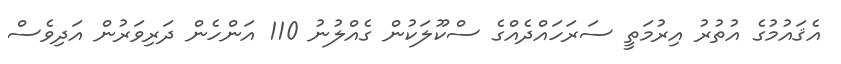
އެޤައުމުގެ އުތުރު އިރުމަތީ ސަރަހައްދެއްގެ ސްކޫލަކުން ގެއްލުނު 110 އަންހެން ދަރިވަރުން އަދިވެސް